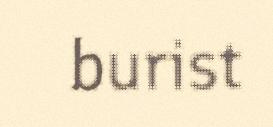
burist